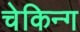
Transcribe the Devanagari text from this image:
चेकिन्ग